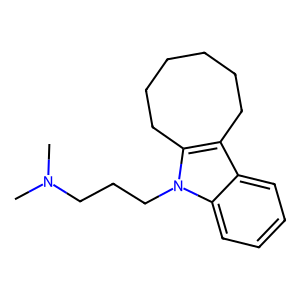
SMILES: CN(C)CCCn1c2c(c3ccccc31)CCCCCC2
Inhibits HIV replication: No